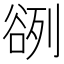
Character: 𰶓